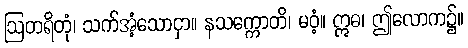
ဩတရိတုံ၊ သက်အံ့သောငှာ။ နသက္ကောတိ၊ မဝံ့။ ဣဓ၊ ဤလောက၌။